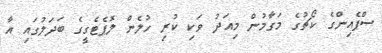
ސްޕެއިންގެ ކޯޗުގެ މަގާމުން މިއަދު ވަކި ކުރި ހުލެން ލޮޕެޓެގީގެ ބަދަލުގައި އާ